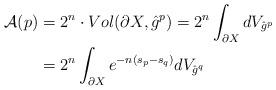
LaTeX: \begin{align*}\begin{aligned}\mathcal{A}(p)&=2^n\cdot Vol(\partial X,\hat{g}^p)=2^n\int_{\partial X}dV_{\hat{g}^p}\\&=2^n\int_{\partial X}e^{-n(s_p-s_q)}dV_{\hat{g}^q}\end{aligned}\end{align*}